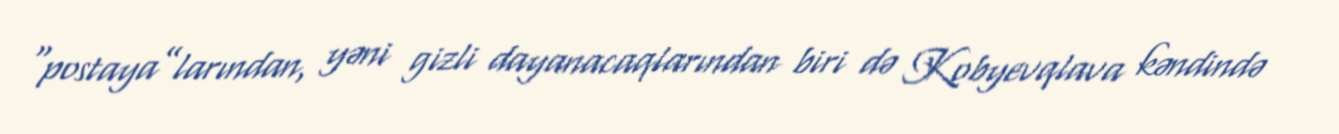
“postaya”larından, yəni gizli dayanacaqlarından biri də Kobyevqlava kəndində